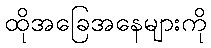
ထိုအခြေအနေများကို